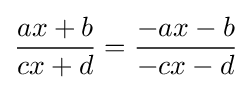
{\frac {ax+b}{cx+d}}={\frac {-ax-b}{-cx-d}}